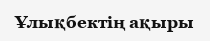
Ұлықбектің ақыры